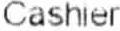
CASHIER